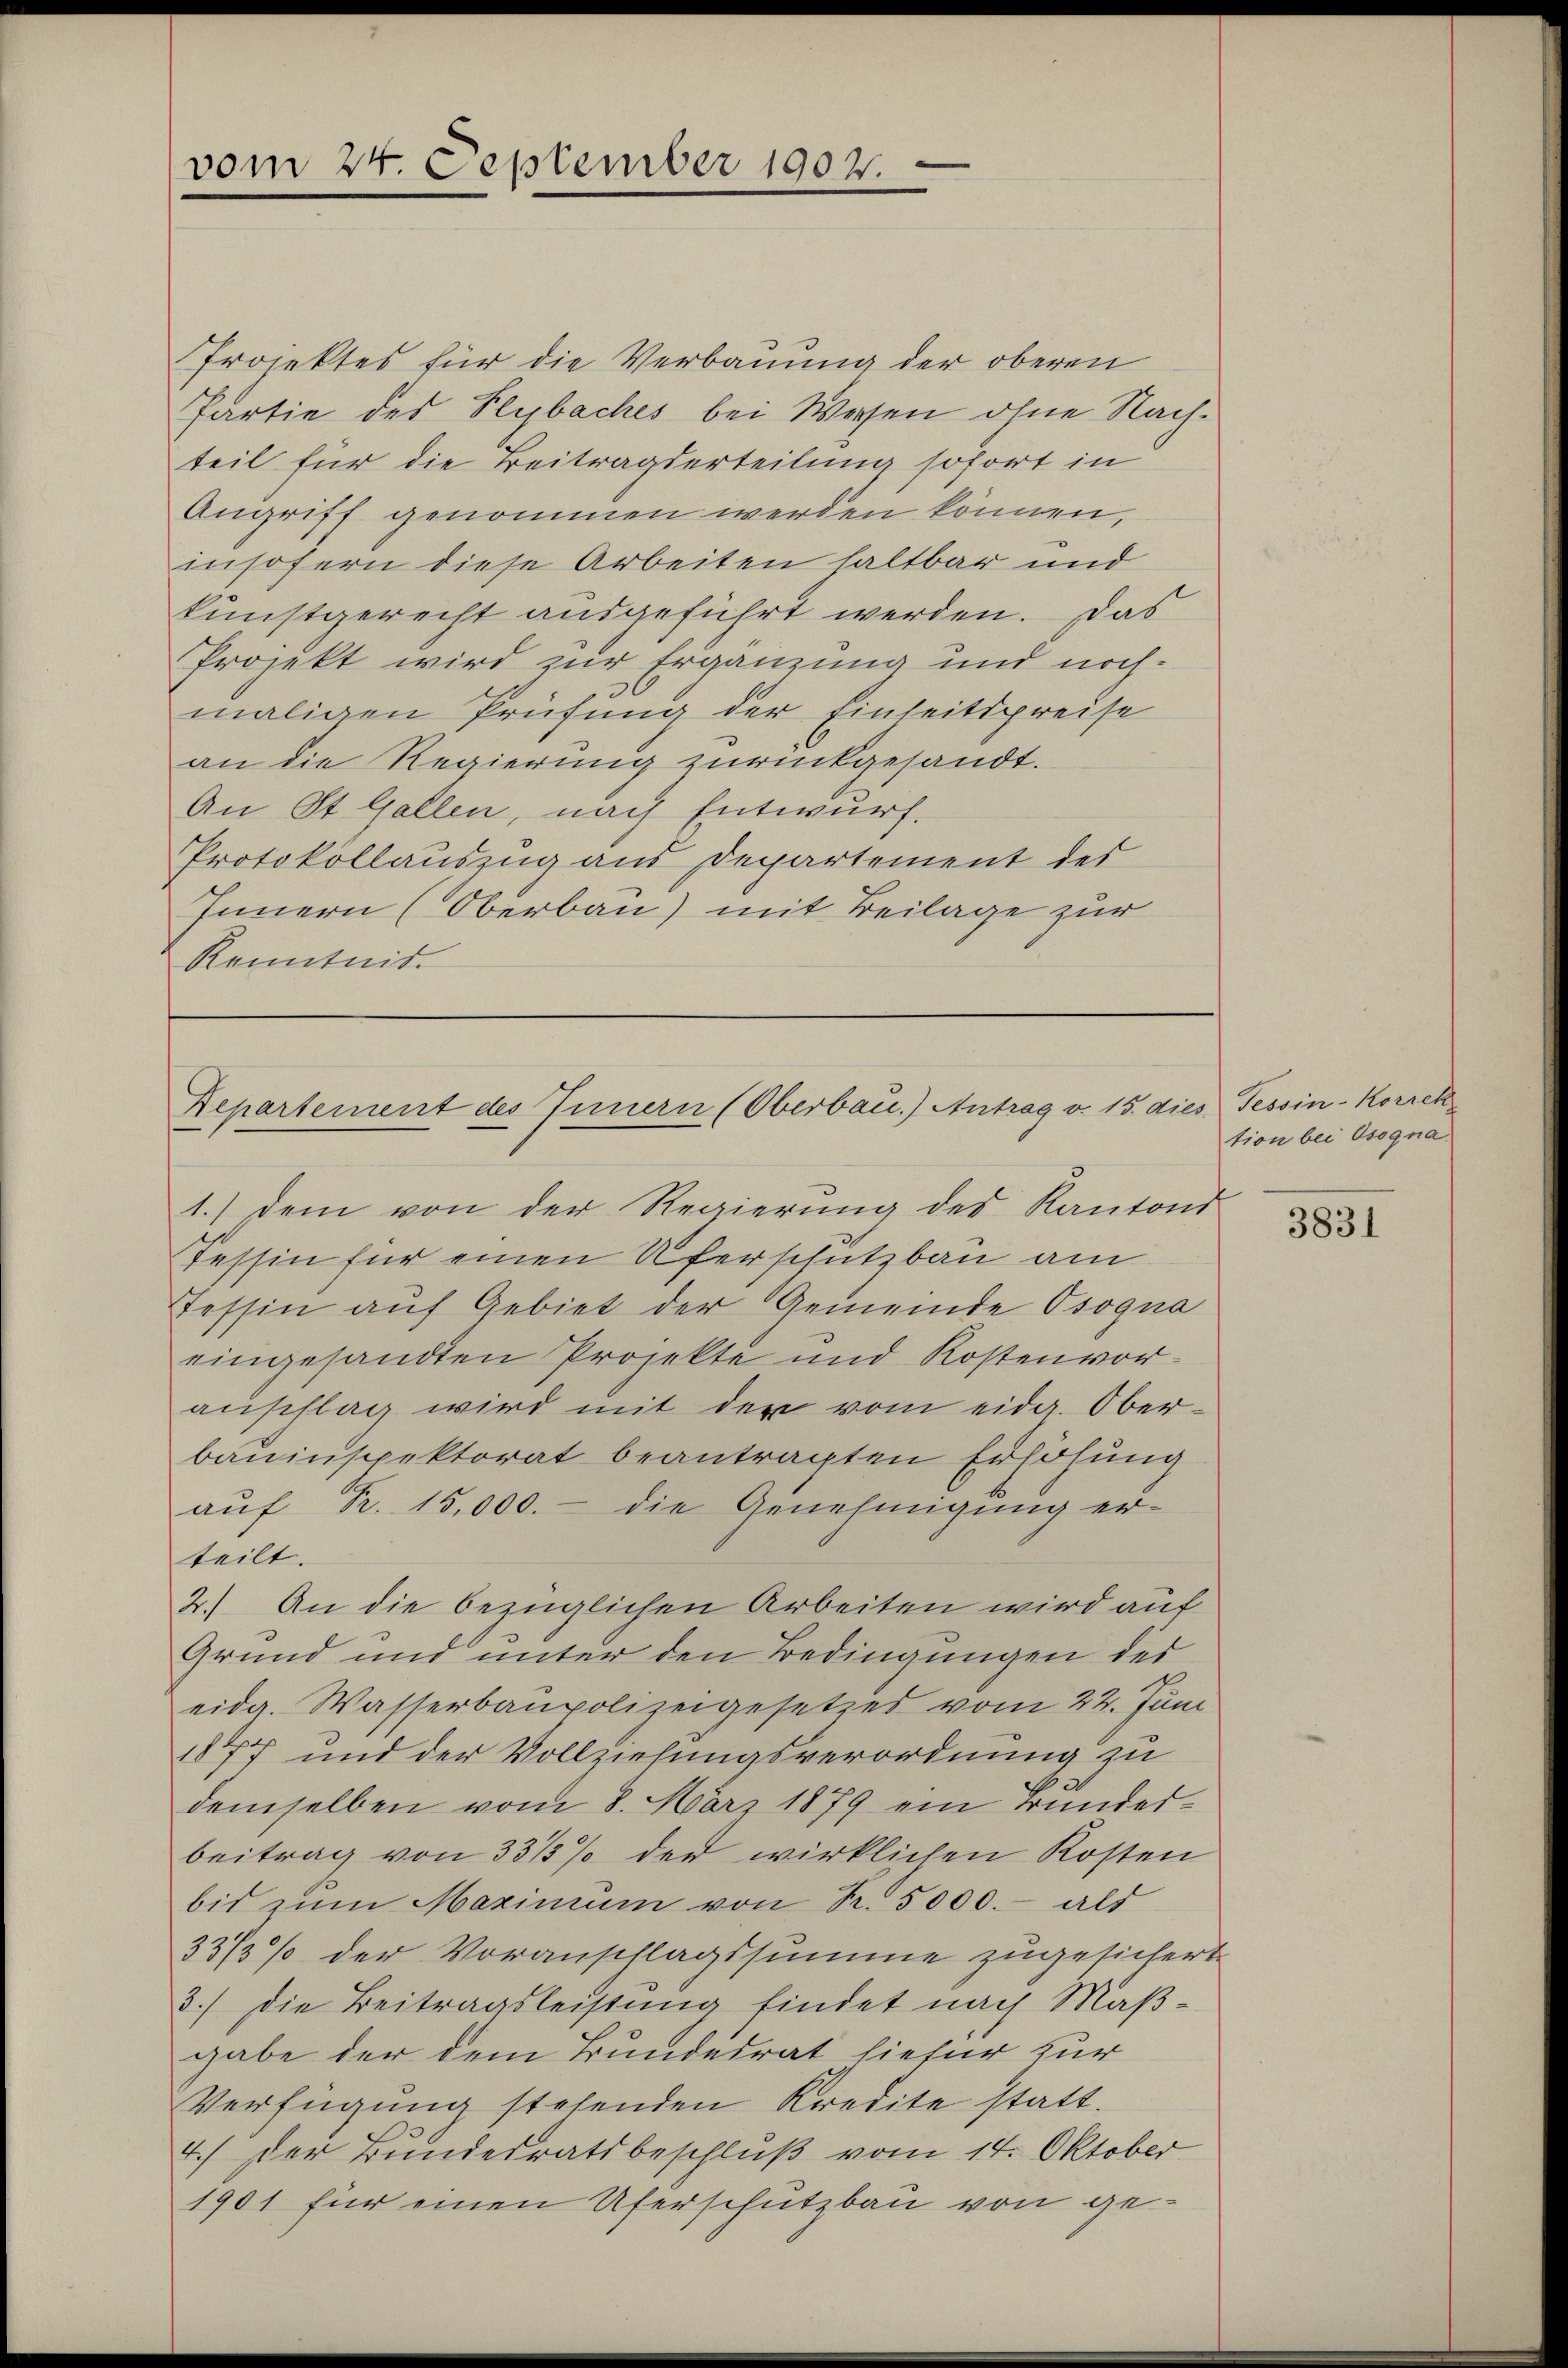
vom 24. September 1902.

Projektes für die Verbauung der oberen
Partie des Seybaches bei Weisen ohne Nachteil für die Beitragserteilung sofort in
Angriff genommen werden können,
insofern diese Arbeiten haltbar und
kunstgerecht ausgeführt werden. Das
Projekt wird zur Ergänzung und nochmaligen Prüfung der Einheitspreise
an die Regierung zurückgesandt.
An St. Gallen, nach Entwurf.
Protokollauszug aus Departement des
Innern (Oberbau) mit Beilage zur
Kenntnis.

Repartement des Innern (Oberbau.) Antrag v. 15. dies Tessin-Korrek
1.) dem von der Regierung des Kantons
Tessin für einen Uferschutzbau am

Tessin auf Gebiet der Gemeinde Osogna
eingesandten Projekte und Kostenvoranschlag wird mit der vom eidg. Oberbauinspektorat beantragten Erlösung
aŭf R. 15,000.- die Genehmigung er-
teilt.
2.) An die bezüglichen Arbeiten wird auf
Grund und unter den Bedingungen des
eidg. Wasserbaupolizeigesetzes vom 22. Juni
1877 und der Vollziehungsverordnung zu
demselben vom 8. März 1879 ein Bundesbeitrag von 33/3 % der wirklichen Kosten
bis zŭm Maximum von Nr. 5000.- als
33/3% der Voranschlagssumme zugesichert
3.) Die Beitragsleistung findet nach Maßgabe der dem Bundesrat hiefür zur
Verfügung stehenden Kredite statt.
4.) Der Bundesratsbeschluß vom 14. Oktober
1901 für einen Uferschutzbau von ge¬

tion bei Osogna
3831